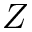
Z